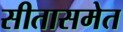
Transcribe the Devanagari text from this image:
सीतासमेत